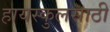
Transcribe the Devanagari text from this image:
हायस्‍कुलसाठी